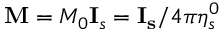
\mathbf { M } = M _ { 0 } \mathbf { I } _ { s } = \mathbf { I _ { s } } / 4 \pi \eta _ { s } ^ { 0 }